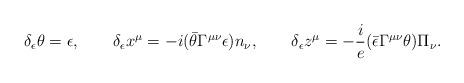
LaTeX: \begin{align*}\delta_\epsilon\theta=\epsilon, \qquad\delta_\epsilon x^\mu=-i(\bar\theta\Gamma^{\mu\nu}\epsilon)n_\nu, \qquad\delta_\epsilon z^\mu=-\frac{i}{e}(\bar\epsilon\Gamma^{\mu\nu}\theta)\Pi_\nu.\end{align*}